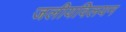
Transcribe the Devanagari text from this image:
जलीयविलयन